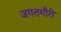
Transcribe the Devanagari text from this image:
जगतगौरी